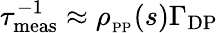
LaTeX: \tau_{\mathrm{meas}}^{-1}\approx\rho_{_{\mathrm{PP}}}(s)\Gamma_{\mathrm{DP}}